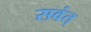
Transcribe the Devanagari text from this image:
सवंत्‌